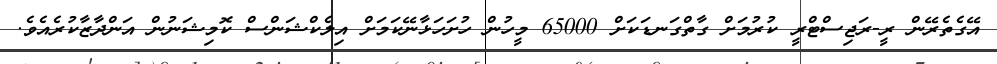
އޭގެތެރޭން ރީ-ރަޖިސްޓްރީ ކުރުމަށް ގާތްގަނޑަކަށް 65000 މީހުން ހުށަހަޅާނޭކަމަށް އިލެކްޝަންސް ކޮމިޝަނުން އަންދާޒާކުރެއެވެ.